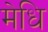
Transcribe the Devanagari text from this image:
मेधि